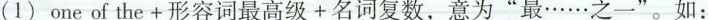
(1)one of the+形容词最高级+名词复数，意为”最……之一”。如：